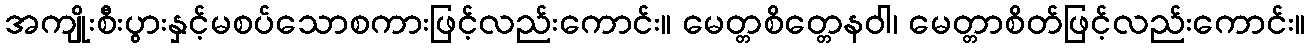
အကျိုးစီးပွားနှင့်မစပ်သောစကားဖြင့်လည်းကောင်း။ မေတ္တစိတ္တေနဝါ၊ မေတ္တာစိတ်ဖြင့်လည်းကောင်း။